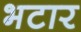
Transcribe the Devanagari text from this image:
भटार